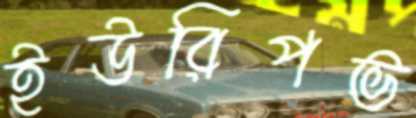
ইউরিপভ